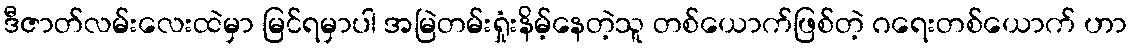
ဒီဇာတ်လမ်းလေးထဲမှာ မြင်ရမှာပါ အမြဲတမ်းရှုံးနိမ့်နေတဲ့သူ တစ်ယောက်ဖြစ်တဲ့ ဂရေးတစ်ယောက် ဟာ